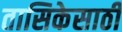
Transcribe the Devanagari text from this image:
तासिकेसाठी